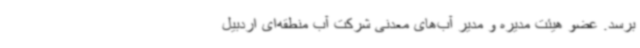
برسد. عضو هیئت مدیره و مدیر آب‌های معدنی شرکت آب منطقه‌ای اردبیل